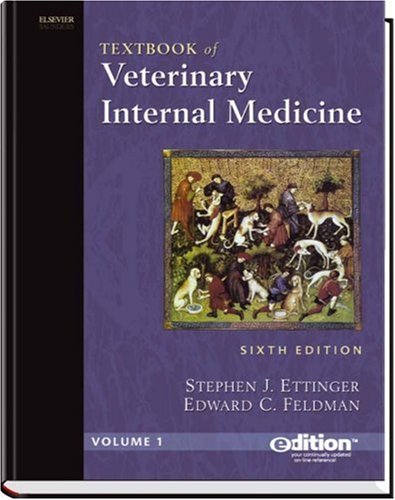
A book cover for Textbook of Veterinary Internal Medicine: 2-Volume Set with CD-ROM; Stephen J. Ettinger DVM  DACVIM; Medical Books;